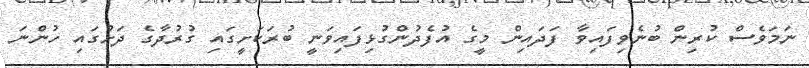
ނަމަވެސް ކުރިން ބުނެވިފައިވާ ފަދައިން މީގެ އުފެދުންގުޅިފައިވަނީ ބުރަކަށީގައި ގުރުދާގެ ދަށުގައި ހުންނަ